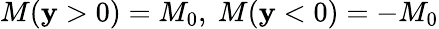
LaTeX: M(\mathbf{y}>0)=M_{0},~M(\mathbf{y}<0)=-M_{0}